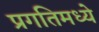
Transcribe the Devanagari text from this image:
प्रगतिमध्ये